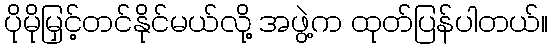
ပိုမိုမြှင့်တင်နိုင်မယ်လို့ အဖွဲ့က ထုတ်ပြန်ပါတယ်။